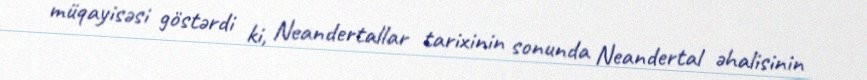
müqayisəsi göstərdi ki, Neandertallar tarixinin sonunda Neandertal əhalisinin